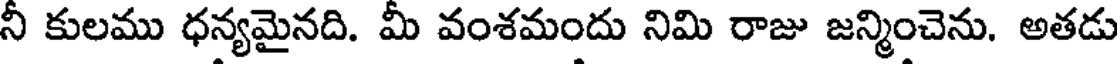
నీ కులము ధన్యమైనది. మీ వంశమందు నిమి రాజు జన్మించెను. అతడు